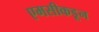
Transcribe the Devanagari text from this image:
एमसीकडून